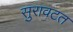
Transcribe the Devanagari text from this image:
सुरावटत